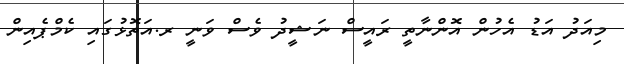
މިއަދު އަޑު އެހުން އޮންނާތީ ރައީސް ނަޝީދު ވެސް ވަނީ ރ.އަތޮޅުގައި ކެމްޕެއިން